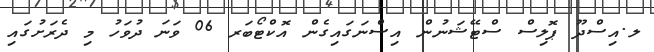
ލ.އިސްދޫ ޕޮލިސް ސްޓޭޝަނުން އިސްނަގައިގެން އޮކްޓޯބަރ 06 ވަނަ ދުވަހު މި ދެރަށުގައި